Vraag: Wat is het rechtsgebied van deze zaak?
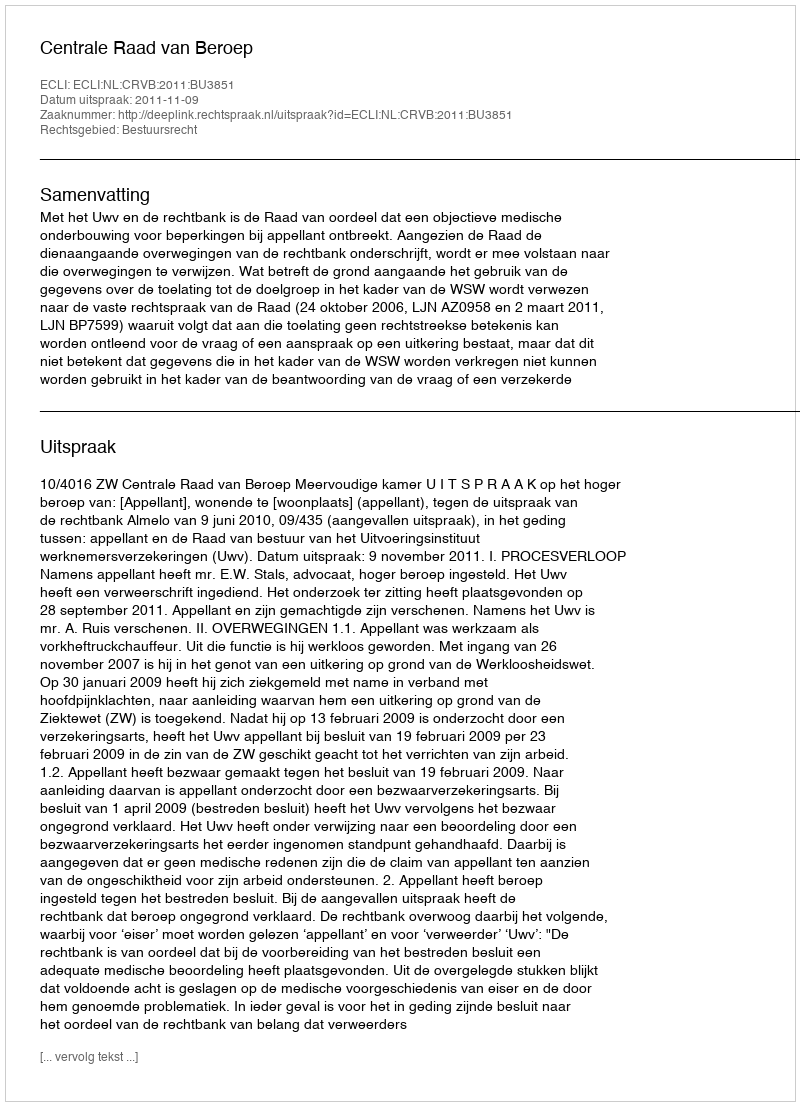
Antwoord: Bestuursrecht